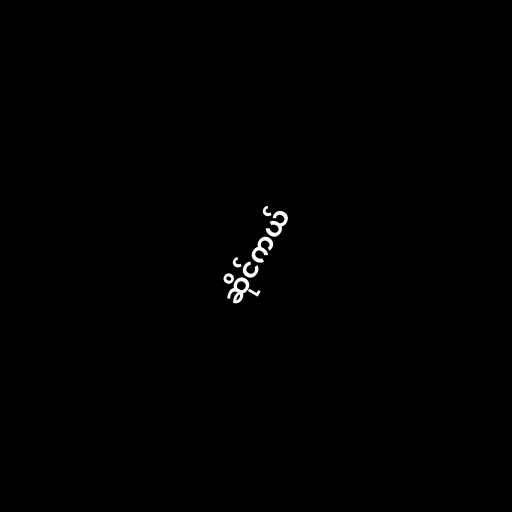
ဆိုင်ကယ်